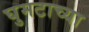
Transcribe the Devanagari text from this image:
घुमटाच्या